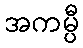
အကမ္ပီ